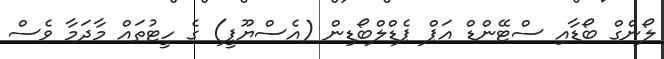
ލޯންގް ބޯޑާއި ސްޓޭންޑް އަޕް ޕެޑްލްބޯޑިން (އެސްޔޫޕީ) ގެ ހީޓުތައް މާދަމާ ވެސް